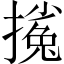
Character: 𱠴